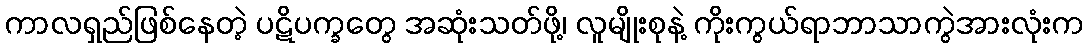
ကာလရှည်ဖြစ်နေတဲ့ ပဋိပက္ခတွေ အဆုံးသတ်ဖို့၊ လူမျိုးစုနဲ့ ကိုးကွယ်ရာဘာသာကွဲအားလုံးက